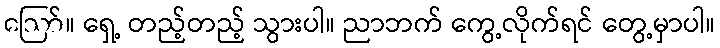
ဪ။ ရှေ့ တည့်တည့် သွားပါ။ ညာဘက် ကွေ့လိုက်ရင် တွေ့မှာပါ။